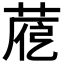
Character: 𦴱